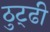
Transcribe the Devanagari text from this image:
ठुट्ढी